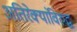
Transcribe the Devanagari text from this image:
अतिरेक्यांविरुद्ध